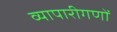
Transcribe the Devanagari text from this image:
व्यापारीगणों